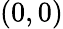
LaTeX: (0,0)